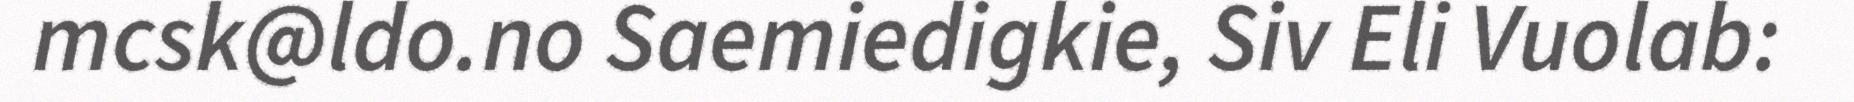
mcsk@ldo.no Saemiedigkie, Siv Eli Vuolab: